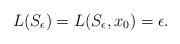
LaTeX: \begin{align*} L(S_\epsilon) = L(S_\epsilon,x_0) = \epsilon.\end{align*}